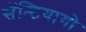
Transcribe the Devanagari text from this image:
सॅन्टियागो